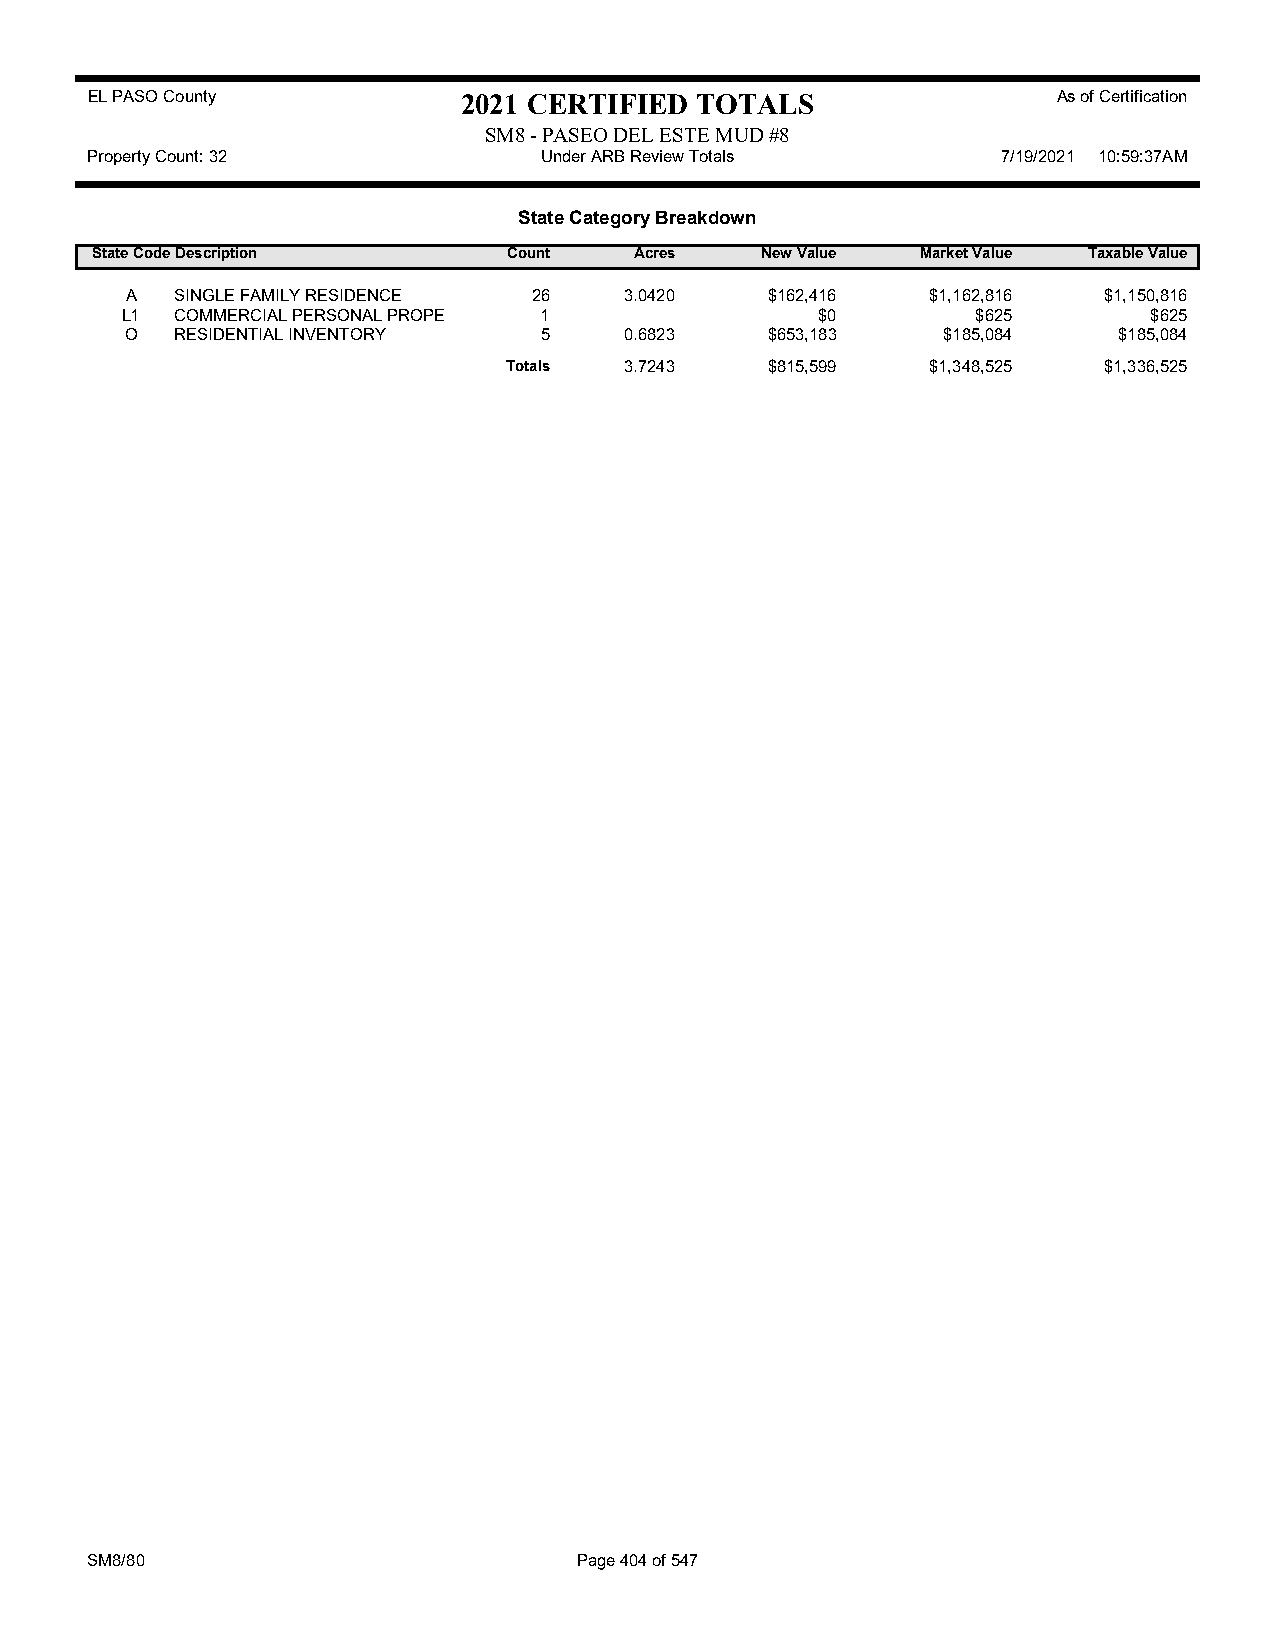
EL PASO County           2021 CERTIFIED TOTALS                  As of Certification
 SM8 - PASEO DEL ESTE MUD #8
 Property Count: 32            Under ARB Review Totals       7/19/2021 10:59:37AM
 State Category Breakdown
 State CodeDescription       Count   Acres   New Value  Market Value Taxable Value
 A   SINGLE FAMILY RESIDENCE 26   3.0420    $162,416   $1,162,816 $1,150,816
 L1  COMMERCIAL PERSONAL PROPE 1               $0         $625       $625
 O   RESIDENTIAL INVENTORY   5    0.6823    $653,183   $185,084    $185,084
 Totals 3.7243    $815,599   $1,348,525 $1,336,525
 SM8/80                          Page 404 of 547